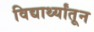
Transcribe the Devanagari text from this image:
विद्यार्थ्यांतून